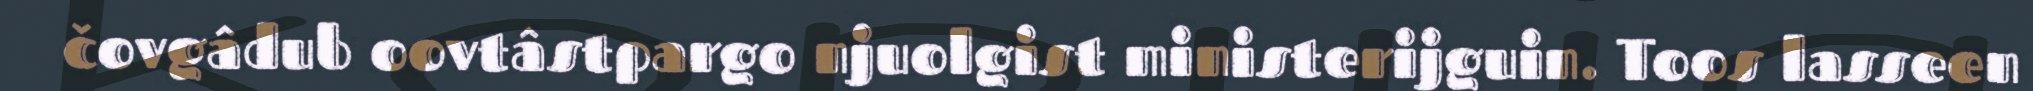
čovgâdub oovtâstpargo njuolgist ministerijguin. Toos lasseen